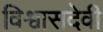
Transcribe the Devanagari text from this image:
विश्वासदेवी